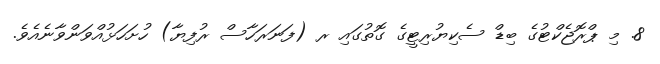
8. މި ޕްރޮޖެކްޓުގެ ބިޑް ސެކިޔުރިޓީގެ ގޮތުގައި ރ (ފަނަރަހާސް ރުފިޔާ) ހުށަހަޅުއްވަންވާނެއެވެ.